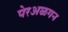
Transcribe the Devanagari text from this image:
पेरअळगन